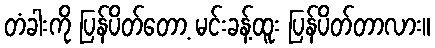
တံခါးကို ပြန်ပိတ်တော့ မင်းခန့်ထူး ပြန်ပိတ်တာလား။